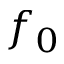
f _ { 0 }